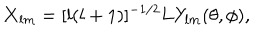
{ \bf X } _ { l m } = [ l ( l + 1 ) ] ^ { - 1 / 2 } { \bf L } Y _ { l m } ( \theta , \phi ) ,